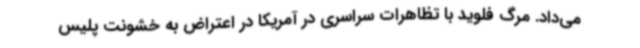
می‌داد. مرگ فلوید با تظاهرات سراسری در آمریکا در اعتراض به خشونت پلیس